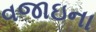
વજાઇના